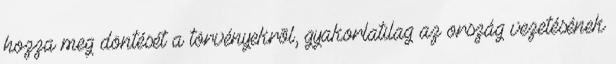
hozza meg döntését a törvényekrõl, gyakorlatilag az ország vezetésének